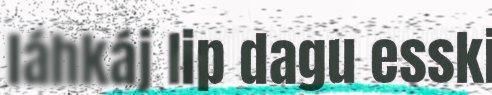
láhkáj lip dagu esski